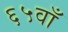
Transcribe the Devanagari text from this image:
६५वाँ